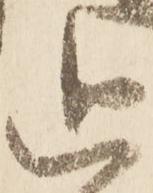
追